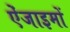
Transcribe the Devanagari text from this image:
ऐंजाइमों